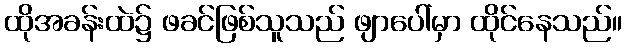
ထိုအခန်းထဲ၌ ဖခင်ဖြစ်သူသည် ဖျာပေါ်မှာ ထိုင်နေသည်။